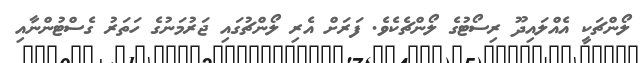
ލޯންޗަކީ އެއްލައިދޫ ރިސޯޓުގެ ލޯންޗެކެވެ. ފަރަށް އެރި ލޯންޗުގައި ޖަރުމަނުގެ ހަތަރު ގެސްޓުންނާއި